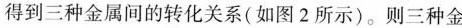
得到三种金属间的转化关系(如图2所示)。则三种金